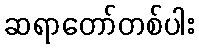
ဆရာတော်တစ်ပါး